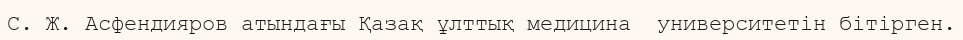
С. Ж. Асфендияров атындағы Қазақ ұлттық медицина  университетін бітірген.